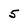
Character: 5